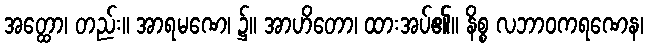
အတ္ထော၊ တည်း။ အာရမဏေ၊ ၌။ အာဟိတော၊ ထားအပ်၏။ နိစ္စ လဘာဝကရဏေန၊